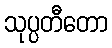
သုပ္ပတီတော